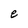
Character: e